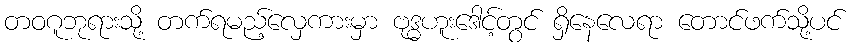
တဝဂူဘုရားသို့ တက်ရမည့်လှေကားမှာ ဗုဒ္ဓဟူးဒေါင့်တွင် ရှိနေလေရာ တောင်ဖက်သို့ပင်